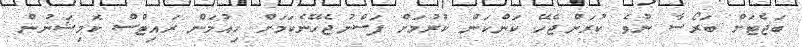
ބަޖެޓަށް ބަރޯސާ ނުވެ ކުރަންޖެހޭ ކަންކަން ކުރުމަށް ފަސްނުޖެހޭނެކަމަށް ހިއުމަން ރައިޓްސް ކޮމިޝަނުން